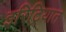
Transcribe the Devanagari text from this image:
इरिट्रियात